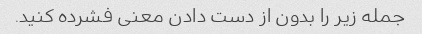
جمله زیر را بدون از دست دادن معنی فشرده کنید.